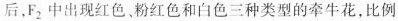
后,F2中出现红色、粉红色和白色三种类型的牵牛花，比例